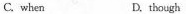
C. when D. though